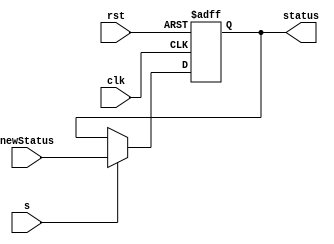
module StatusRegister(input [3:0] newStatus,input s,clk,rst,output reg [3:0] status);
  //initial begin status=4'b0; end
  always@(negedge clk,posedge rst)begin
	  if(rst) status<=4'b0000;
    else if(s) status<=newStatus;
  end
endmodule